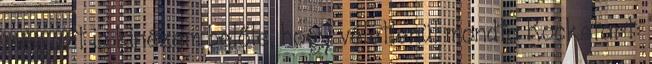
még azt is kinézem belőle, hogy véletlenül mondta Rockstart: